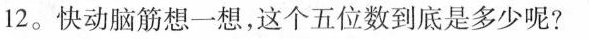
12。快动脑筋想一想，这个五位数到底是多少呢?线